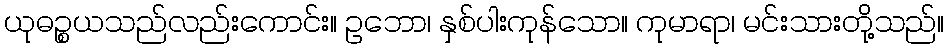
ယုဓဉ္စယသည်လည်းကောင်း။ ဥဘော၊ နှစ်ပါးကုန်သော။ ကုမာရာ၊ မင်းသားတို့သည်။